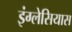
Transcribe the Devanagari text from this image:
इंग्लेसियास